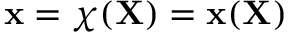
\mathbf { x } = { \boldsymbol { \chi } } ( \mathbf { X } ) = \mathbf { x } ( \mathbf { X } )